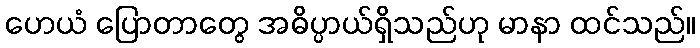
ဟေယံ ပြောတာတွေ အဓိပ္ပာယ်ရှိသည်ဟု မာနာ ထင်သည်။